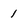
Character: 1